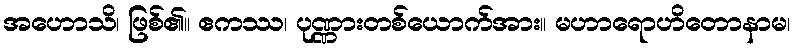
အဟောသိ၊ ဖြစ်၏။ ဧကဿ၊ ပုဏ္ဏားတစ်ယောက်အား။ မဟာရောဟိတောနာမ၊